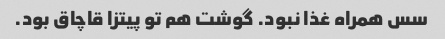
سس همراه غذا نبود. گوشت هم تو پیتزا قاچاق بود.